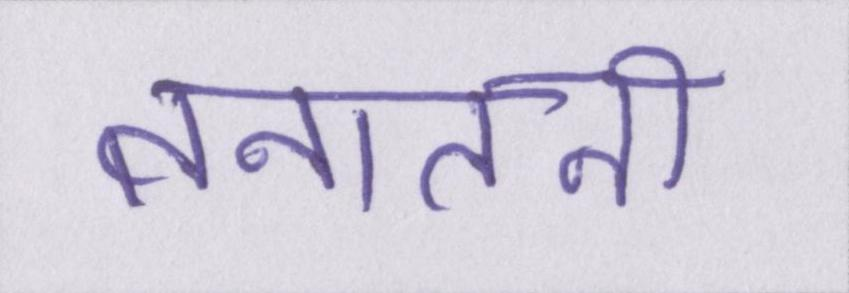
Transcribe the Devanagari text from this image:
तनातनी